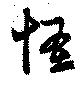
怪